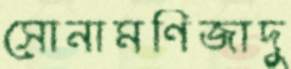
সোনামণিজাদু